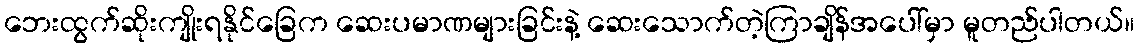
ဘေးထွက်ဆိုးကျိုးရနိုင်ခြေက ဆေးပမာဏများခြင်းနဲ့ ဆေးသောက်တဲ့ကြာချိန်အပေါ်မှာ မူတည်ပါတယ်။